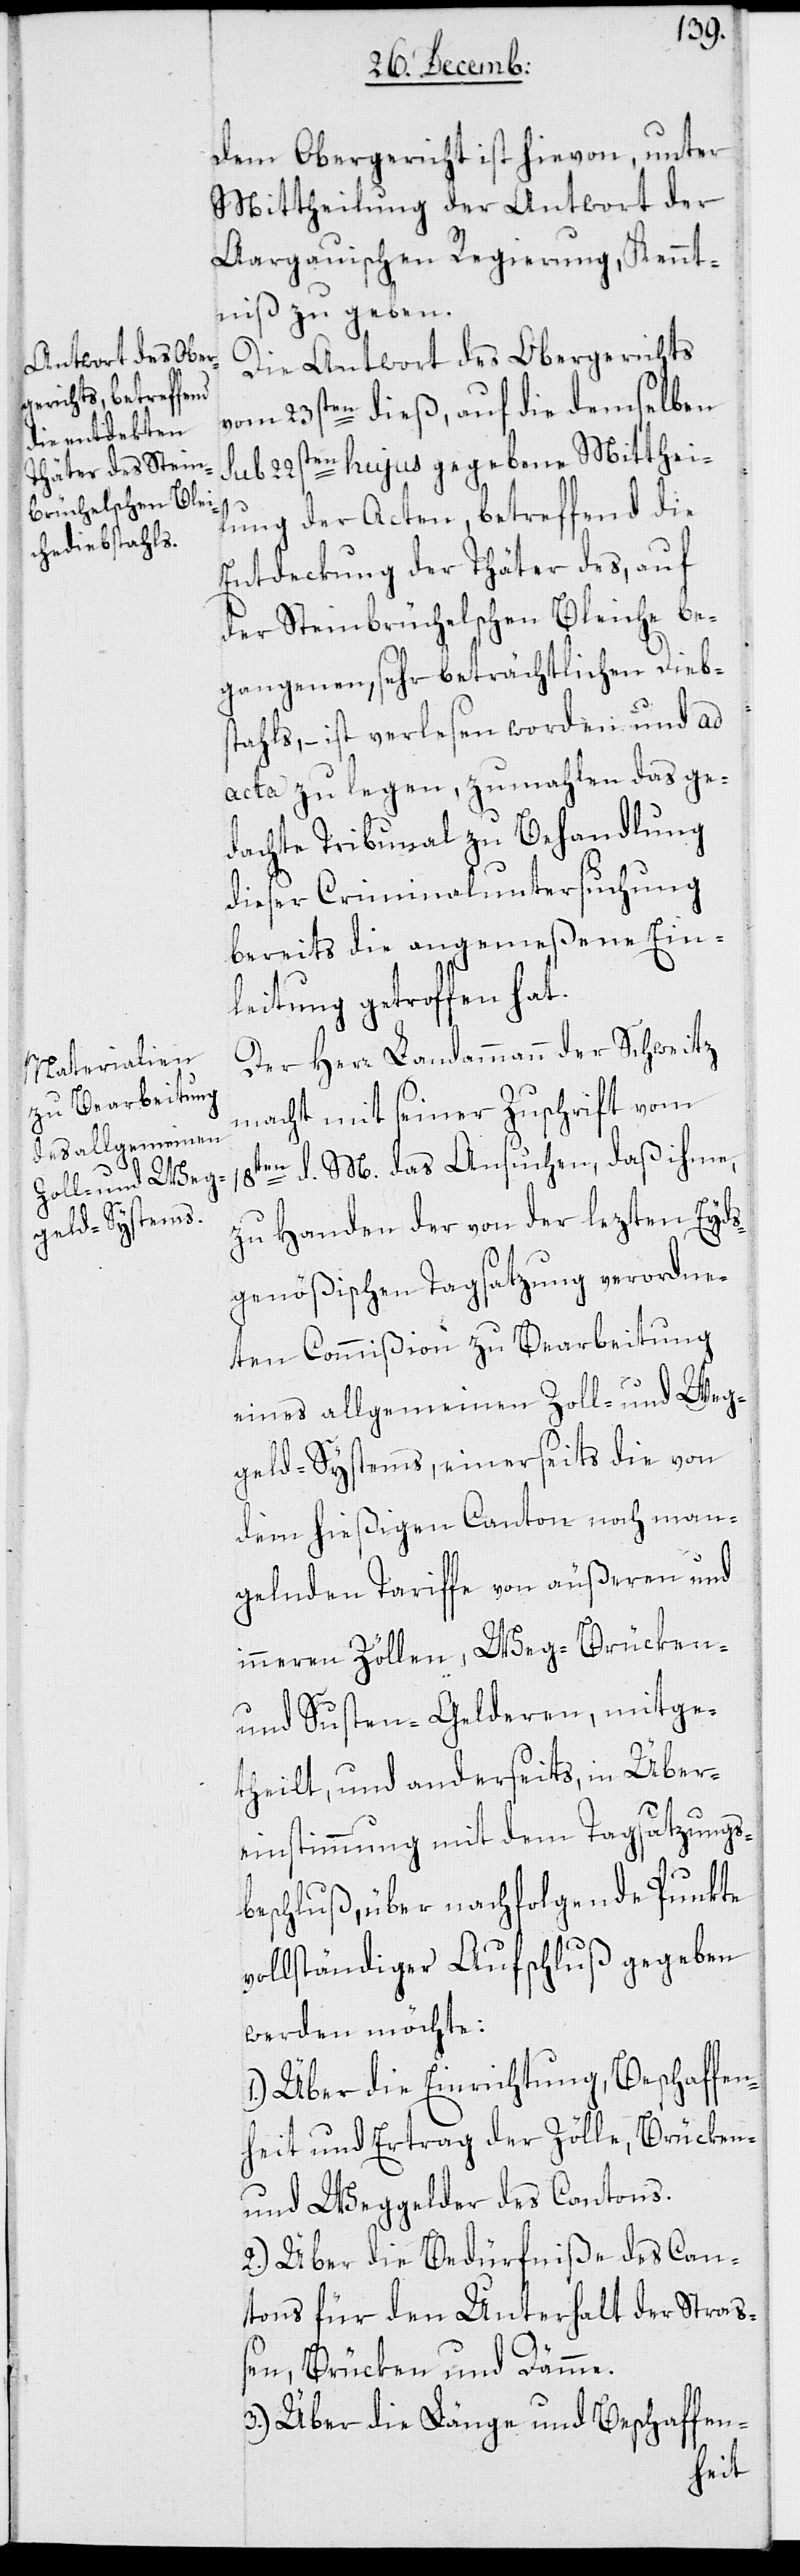
Dem Obergericht ist hievon, unter
Mittheilung der Antwort der
Aargauischen Regierung, Kennt¬
niß zu geben.
Die Antwort des Obergerichts
vom 23sten dieß, auf die demselben
sub 22sten hujus gegebene Mitthei¬
lung der Acten, betreffend die
Entdeckung der Thäter des, auf
der Steinbrüchelschen Bleiche be¬
gangenen sehr beträchtlichen Dieb¬
stahls, – ist verlesen worden und ad
acta zu legen, zumahlen das ge¬
dachte Tribunal zu Behandlung
dieser Criminaluntersuchung
bereits die angemeßene Ein¬
leitung getroffen hat.
Der Herr Landammann der Schweitz
macht mit seiner Zuschrift vom
18ten d. M. das Ansuchen, daß ihme,
zu Handen der von der lezten Eyds¬
genößischen Tagsatzung verordne¬
ten Commißion zu Bearbeitung
eines allgemeinen Zoll- und Weg¬
geld-Systems, einerseits die von
dem hießigen Canton noch man¬
gelnde Tariffe von äußeren und
inneren Zöllen, Weg-[,] Brücken-
und Susten-Gelderen, mitge¬
theilt, und anderseits in Über¬
einstimmung mit dem Tagsatzungs¬
beschluß, über nachfolgende Punkte
vollständiger Aufschluß gegeben
werden möchte:
1.) Über die Einrichtung, Beschaffen¬
heit und Ertrag der Zölle, Brücken-
und Weggelder des Cantons.
2.) Über die Bedürfniße des Can¬
tons für den Unterhalt der Straß¬
en, Brücken und Dämme.
3.) Über die Länge und Beschaffen-